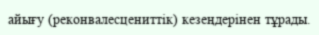
айығу (реконвалесцениттік) кезеңдерінен тұрады.